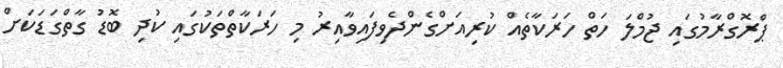
ޕްރޮގްރާމުގައި ޖުމްލަ ހަތް ހަރަކާތެއް ކުރިއަށްގެންދެވިފައިވާއިރު މި ހަރަކާތްތަކުގައި ކުދި ބޮޑު ގާތްގަޑަކަށް